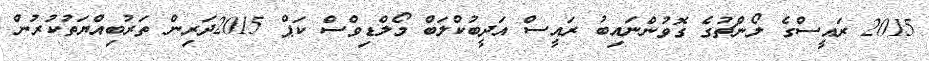
2015 ރައީސްގެ ލޯންޗުގެ ގޮވުންނައިބު ރައީސް އަދީބުކްލަބް މޯލްޑިވްސް ކަޕް 2015ދަރިން ތަރުބިއްޔަތުކުރުން